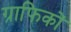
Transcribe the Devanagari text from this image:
ग्राफिकों